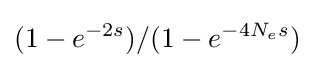
(1-e^{-2s})/(1-e^{-4N_{e}s})